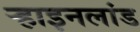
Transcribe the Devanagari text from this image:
ऱ्हाइनलांड